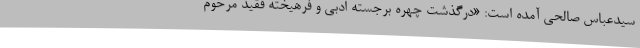
سیدعباس صالحی آمده است: «درگذشت چهره برجسته ادبی و فرهیخته فقید مرحوم